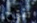
تقترح